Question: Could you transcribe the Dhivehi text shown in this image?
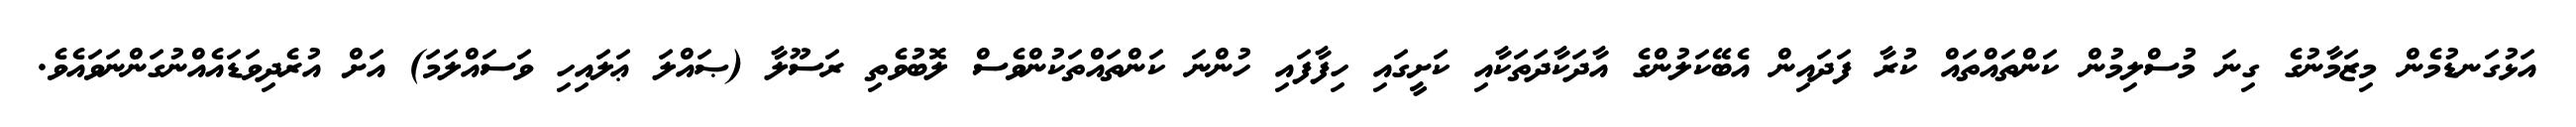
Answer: އަޅުގަނޑުމެން މިޒަމާނުގެ ގިނަ މުސްލިމުން ކަންތައްތައް ކުރާ ފަދައިން އެބޭކަލުންގެ އާދަކާދަތަކާއި ކަށީގައި ހިފާފައި ހުންނަ ކަންތައްތަކުންވެސް ލޮބުވެތި ރަސޫލާ (ޞައްލަ ޢަލައިހި ވަސައްލަމަ) އަށް އުރެދިވަޑައެއްނުގަންނަވައެވެ.